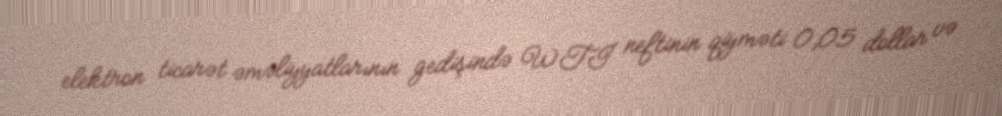
elektron ticarət əməliyyatlarının gedişində WTI neftinin qiyməti 0,05 dollar və